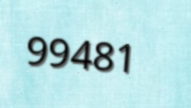
99481